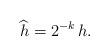
LaTeX: \begin{align*} \widehat h = 2^{-k}\,h.\end{align*}